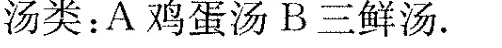
汤类：A鸡蛋汤B三鲜汤。